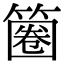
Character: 𥱽